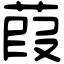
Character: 葭